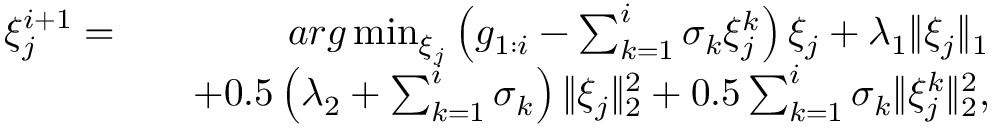
\begin{array} { r l r } { \xi _ { j } ^ { i + 1 } = } & { } & { a r g \operatorname* { m i n } _ { \xi _ { j } } \left( g _ { 1 : i } - \sum _ { k = 1 } ^ { i } \sigma _ { k } \xi _ { j } ^ { k } \right) \xi _ { j } + \lambda _ { 1 } \| \xi _ { j } \| _ { 1 } } \\ & { } & { + 0 . 5 \left( \lambda _ { 2 } + \sum _ { k = 1 } ^ { i } \sigma _ { k } \right) \| \xi _ { j } \| _ { 2 } ^ { 2 } + 0 . 5 \sum _ { k = 1 } ^ { i } \sigma _ { k } \| \xi _ { j } ^ { k } \| _ { 2 } ^ { 2 } , } \end{array}